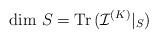
LaTeX: \begin{align*}\mbox{dim}\ S = \mbox{Tr\thinspace } ({\mathcal I} ^{(K)}|_{S})\end{align*}